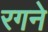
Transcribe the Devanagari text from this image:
रगने